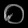
Digit: ၀